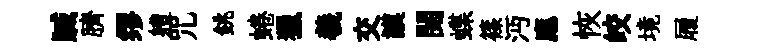
贓臍缪軆咒銚蜷獵羲交謨閱蝶篠沔應恢皎境履